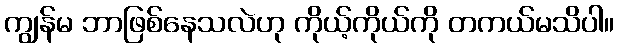
ကျွန်မ ဘာဖြစ်နေသလဲဟု ကိုယ့်ကိုယ်ကို တကယ်မသိပါ။